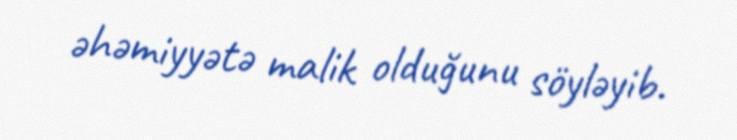
əhəmiyyətə malik olduğunu söyləyib.